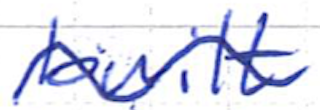
Text: built
Cross-out: mix
Writing tool: ballpoint